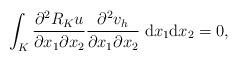
LaTeX: \begin{align*}\int_K\frac{\partial^2 R_Ku}{\partial x_1\partial x_2}\frac{\partial^2 v_h}{\partial x_1\partial x_2}\;\mathrm{d}x_1\mathrm{d}x_2=0,\end{align*}